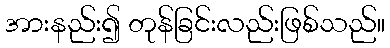
အားနည်း၍ တုန်ခြင်းလည်းဖြစ်သည်။